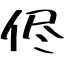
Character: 侭